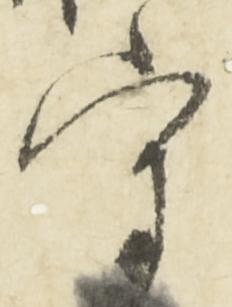
守